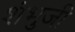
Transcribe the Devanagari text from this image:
शंभुजी